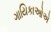
ગાયિકાઓએ